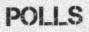
POLLS